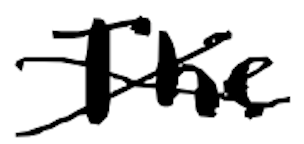
Text: The
Cross-out: cross
Writing tool: digital_black